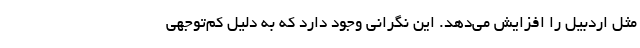
مثل اردبیل را افزایش می‌دهد. این نگرانی وجود دارد که به دلیل کم‌توجهی